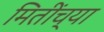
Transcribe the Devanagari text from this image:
मितींच्या